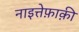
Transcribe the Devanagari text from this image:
नाइत्तेफ़ाक़ी